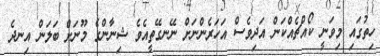
ހިތުގައި މިވަނީ ކޯއްޗެއްކަން އަދިވެސް އަހަރެންނަށް ނޭނގޭތީއެވެ ޝިނާންގެ މޫނަށް ބަލަން އިނދެ